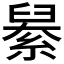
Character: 𦦆